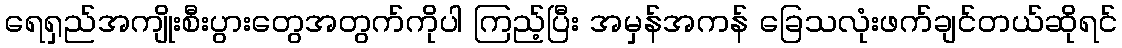
ရေရှည်အကျိုးစီးပွားတွေအတွက်ကိုပါ ကြည့်ပြီး အမှန်အကန် ခြေသလုံးဖက်ချင်တယ်ဆိုရင်